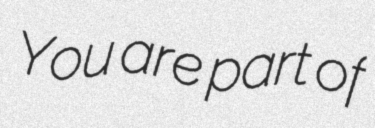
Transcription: You are part of